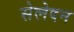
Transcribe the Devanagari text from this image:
सेलेदन